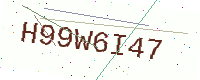
Text: H99W6I47